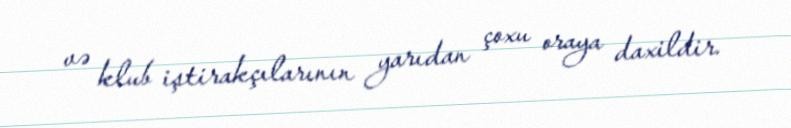
və klub iştirakçılarının yarıdan çoxu oraya daxildir.